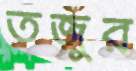
তজুর